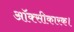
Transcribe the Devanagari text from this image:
ऑक्सीकारक।